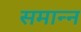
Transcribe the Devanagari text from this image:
समान्न